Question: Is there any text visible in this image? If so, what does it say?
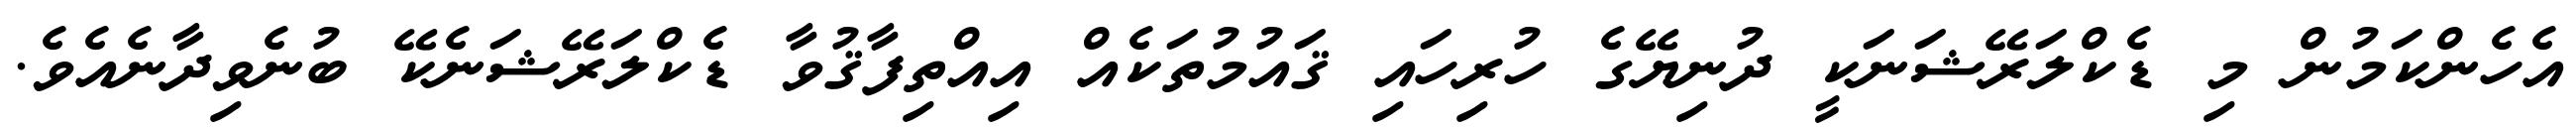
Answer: އެހެންކަމުން މި ޑެކްލަރޭޝަނަކީ ދުނިޔޭގެ ހުރިހައި ޤައުމުތަކެއް އިއްތިފާޤުވާ ޑެކްލަރޭޝަނެކޭ ބުނެވިދާނެއެވެ.